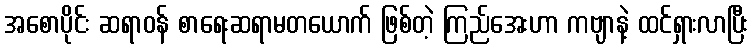
အစောပိုင်း ဆရာဝန် စာရေးဆရာမတယောက် ဖြစ်တဲ့ ကြည်အေးဟာ ကဗျာနဲ့ ထင်ရှားလာပြီး